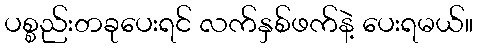
ပစ္စည်းတခုပေးရင် လက်နှစ်ဖက်နဲ့ ပေးရမယ်။